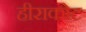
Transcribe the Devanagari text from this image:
हीराकोट